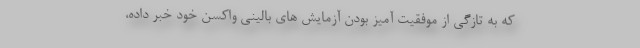
که به تازگی از موفقیت آمیز بودن آزمایش های بالینی واکسن خود خبر داده،